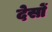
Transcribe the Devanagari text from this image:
देसों